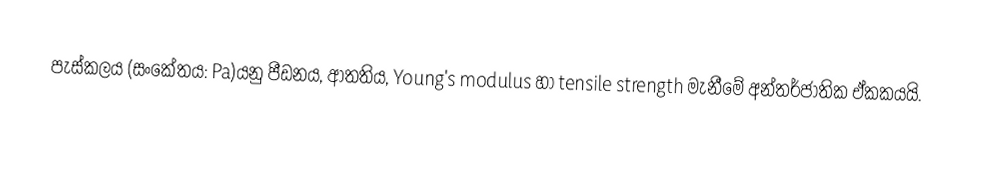
පැස්කලය (සංකේතය: Pa)යනු පීඩනය, ආතතිය, Young's modulus හා tensile strength මැනීමේ අන්තර්ජාතික ඒකකයයි.